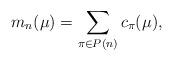
LaTeX: \begin{align*}m_{n}(\mu )=\sum\limits_{\mathbf{\pi }\in P(n)}c_{\pi }(\mu ), \end{align*}